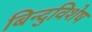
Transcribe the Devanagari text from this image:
बिन्दुविशेष